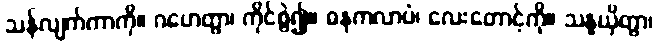
သန်လျက်ကာကို။ ဂဟေတွာ၊ ကိုင်စွဲ၍။ ဓနုကလာပံ၊ လေးတောင့်ကို။ သန္နယှိတွာ၊